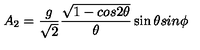
A _ { 2 } = \frac { g } { \sqrt 2 } \frac { \sqrt { 1 - c o s 2 { \theta } } } { { \theta } } \sin { \theta } s i n { \phi }